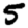
Digit: 5